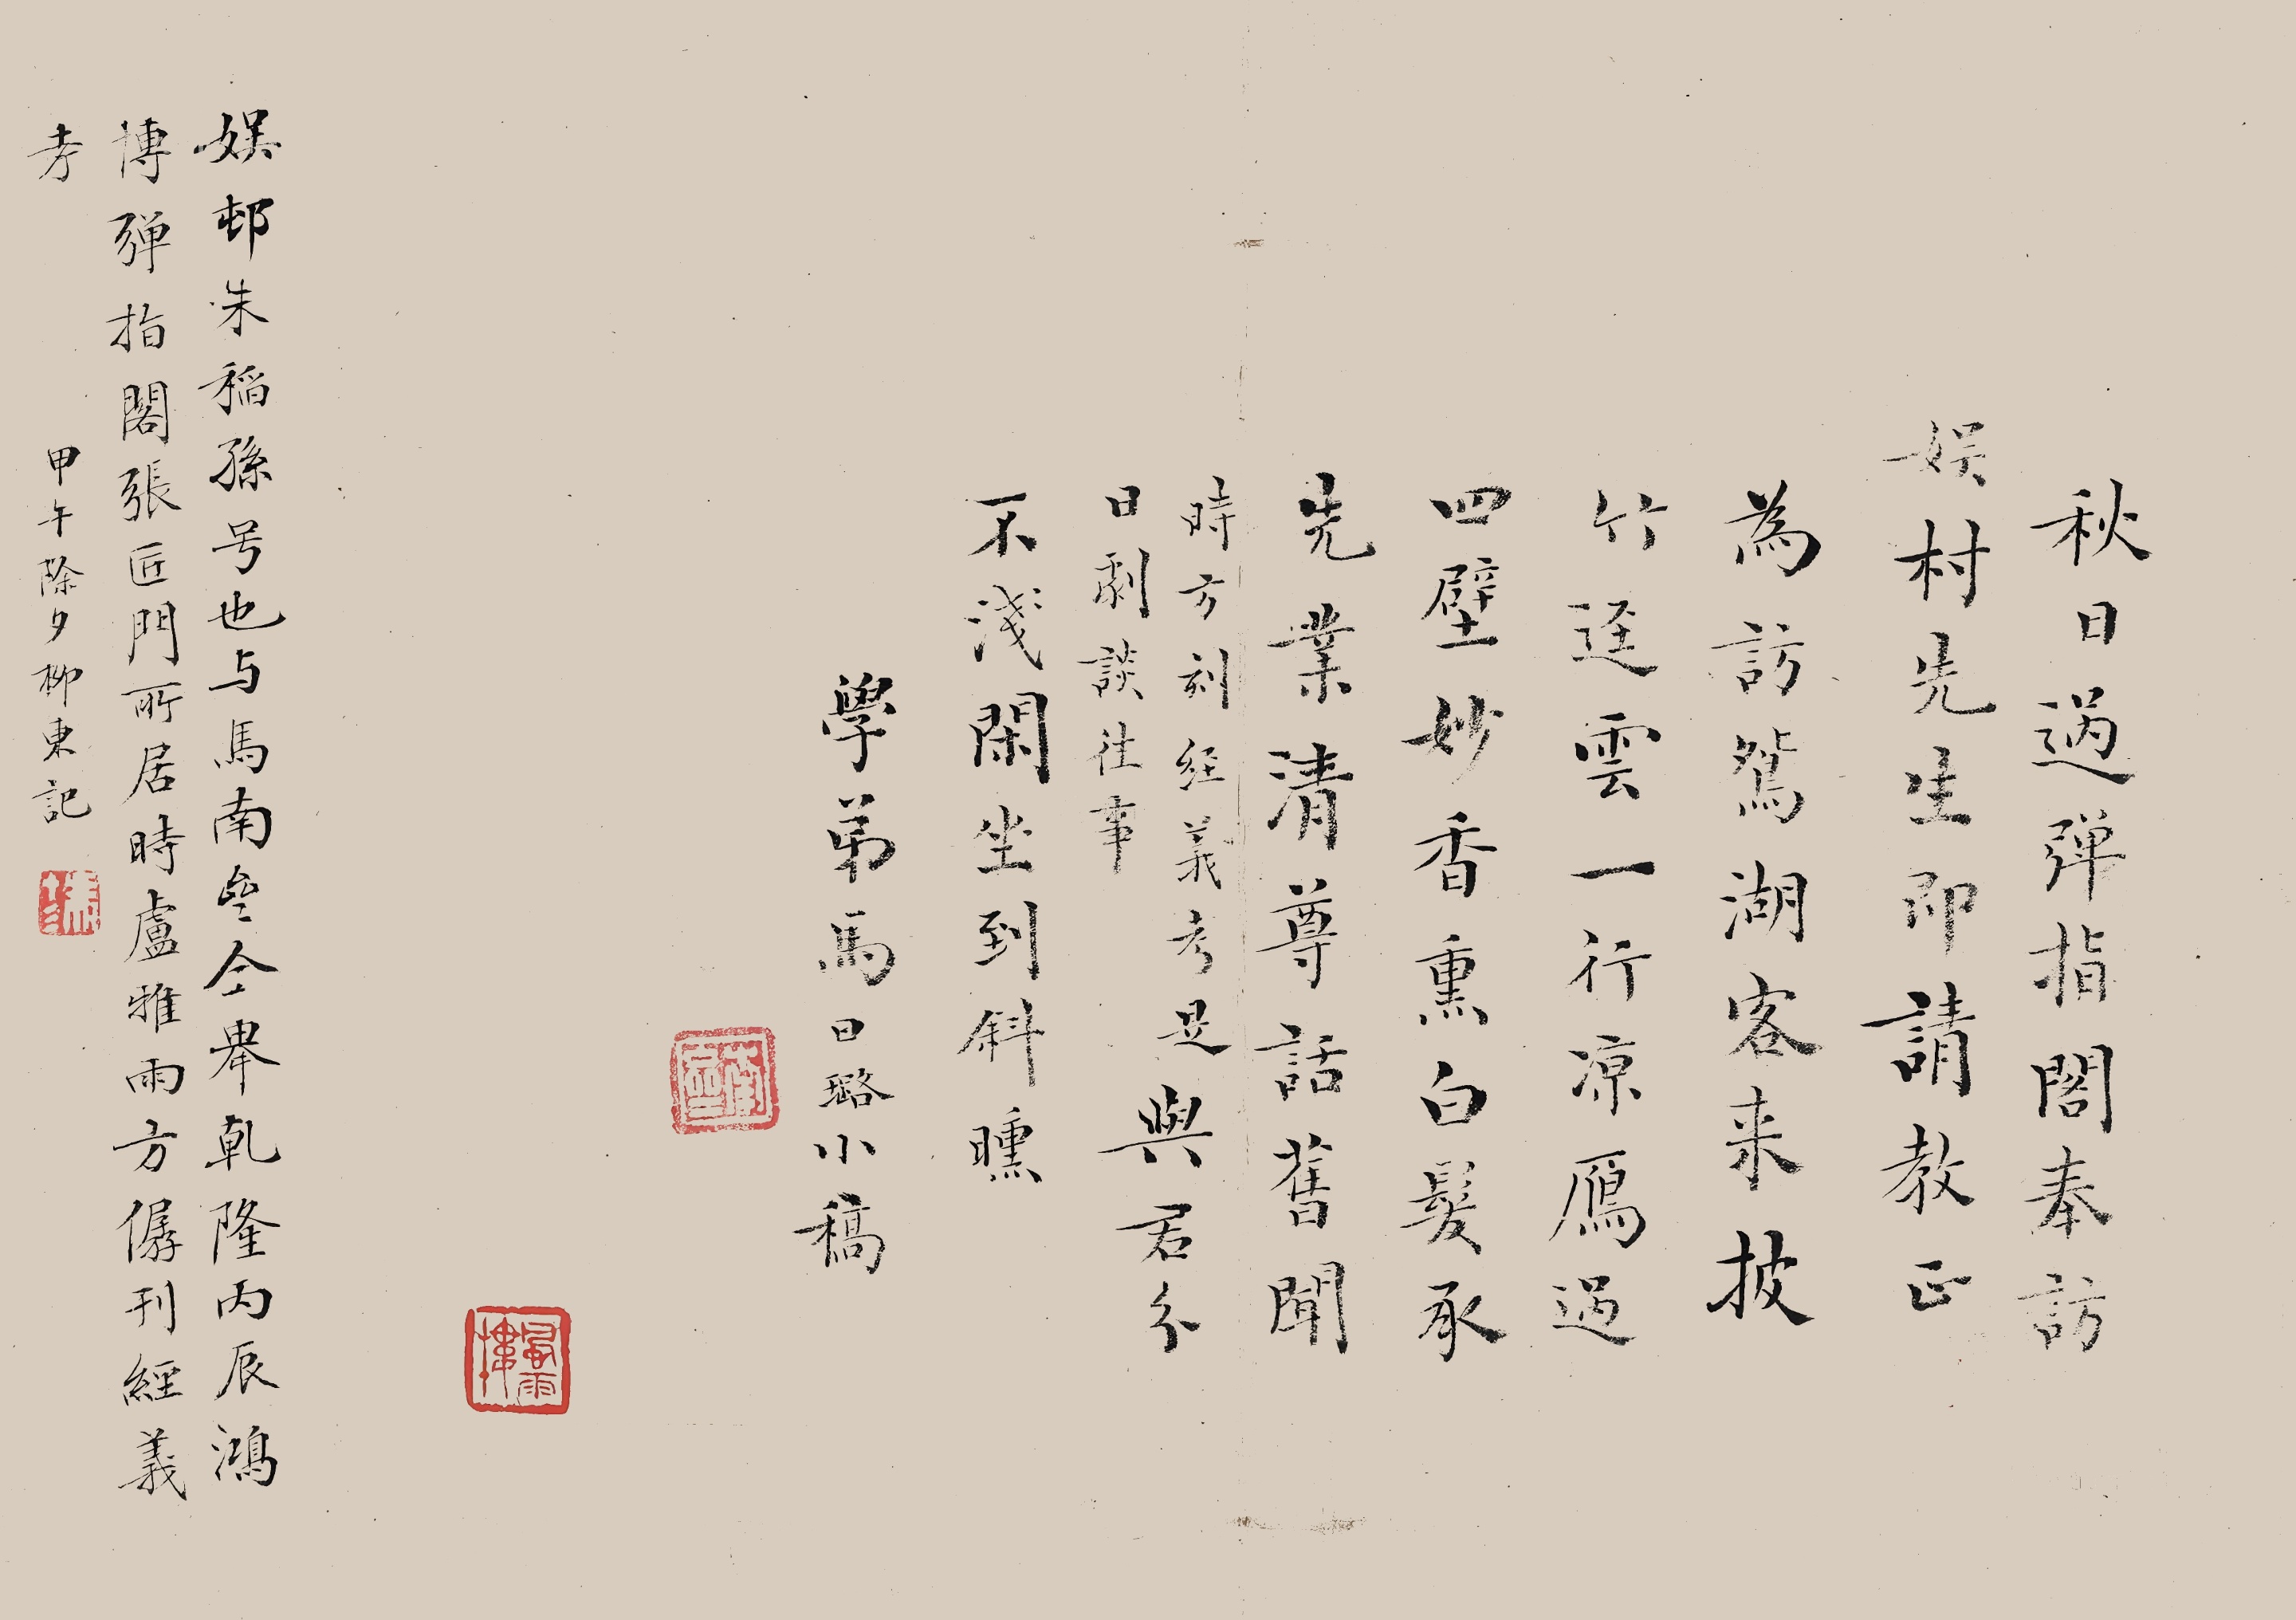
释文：秋日过弹指阁，奉访娱村先生，即请教正。为访鸳湖客，来披竹径云。一行凉雁过，四壁妙香熏。白发承先业，清尊话旧闻。时方刻经义，考是与君分。日剧谈往事不浅，闲坐到斜曛。学弟马日璐小稿。南斋。娱邨朱稻孙号也，与马南斋同举乾隆丙辰鸿博。弹指阁张匠门所居，时卢雅雨、方僝刊经义考。甲午除夕，柳东记。钤印：冯十三。风雨楼